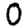
Digit: 0